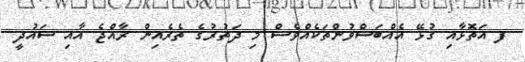
ފ އަތޮޅާއި ގުޅޭ އެއްބަސްވުންތަކެއްވެސް މި ދަތުރުގެ ތެރެއިން ރާއްޖެ އާއި ސައުދީ